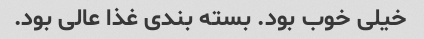
خیلی خوب بود. بسته بندی غذا عالی بود.